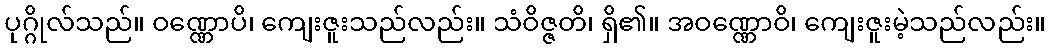
ပုဂ္ဂိုလ်သည်။ ဝဏ္ဏောပိ၊ ကျေးဇူးသည်လည်း။ သံဝိဇ္ဇတိ၊ ရှိ၏။ အဝဏ္ဏောဝိ၊ ကျေးဇူးမဲ့သည်လည်း။